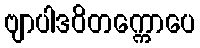
ဗျာပါဒဝိတက္ကောပေ